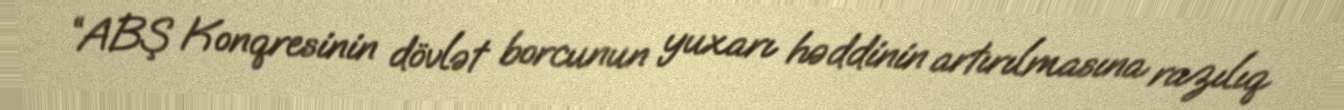
“ABŞ Konqresinin dövlət borcunun yuxarı həddinin artırılmasına razılıq